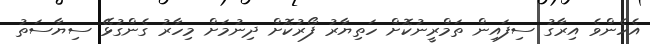
އެހެންވެ އިރާގު ސިފައިން ތަމްްރީނުކޮށް ހަތިޔާރު ފޯރުކޮށް ދިނުމަށް މިހާރު ގެންގުޅޭ ސިޔާސަތު